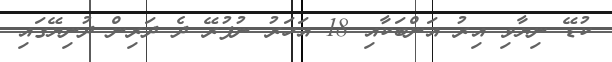
ކުޑޭ ނިޔާވި އިރު އަންބަކާއި 18 އަހަރު ނުފުރޭ ދެ ދަރިން ދުނިޔޭގައި